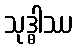
သုဒ္ဓါဿ